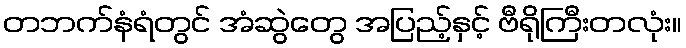
တဘက်နံရံတွင် အံဆွဲတွေ အပြည့်နှင့် ဗီရိုကြီးတလုံး။